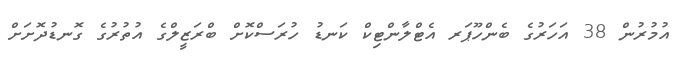
އުމުރުން 38 އަހަރުގެ ބެންހޫޕަރ އެޓްލާންޓިކް ކަނޑު ހުރަސްކޮށް ބްރަޒީލްގެ އުތުރުގެ ގޮނޑުދޮށަށް